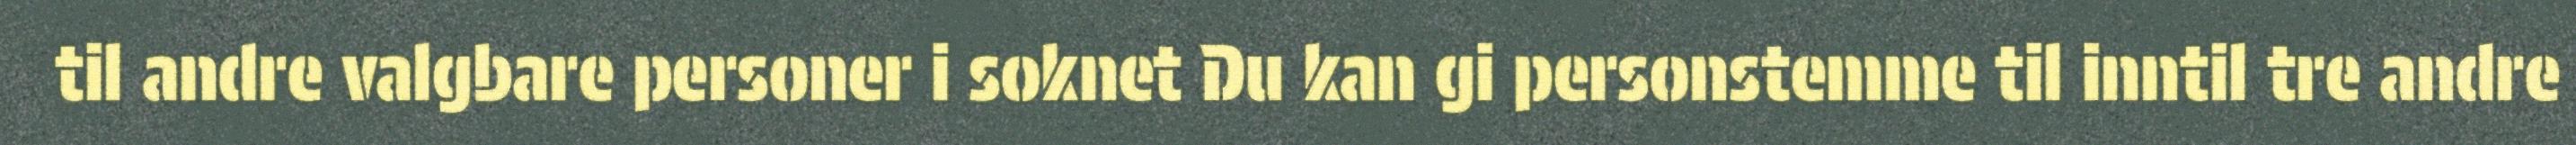
til andre valgbare personer i soknet Du kan gi personstemme til inntil tre andre